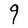
Character: q